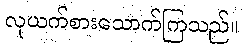
လုယက်စားသောက်ကြသည်။